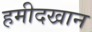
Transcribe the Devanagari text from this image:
हमीदखान